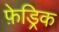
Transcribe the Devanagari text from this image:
फ़ेड्रिक